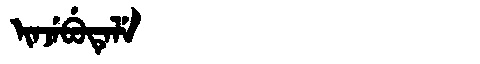
Manchu: ᡳᠨᠵᡝᠪᡠᡨᡝᠯᡝ
Romanization: INJEBUTELE